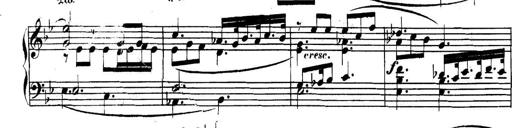
Title: Collected Piano Sonatas
Composer: Muzio Clementi